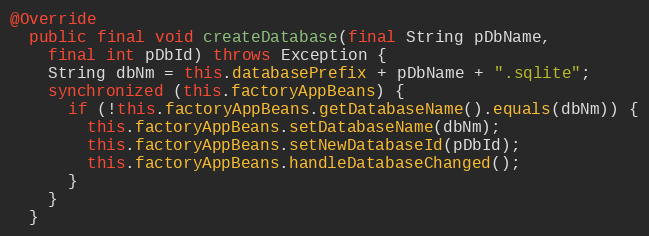
Language: Java
@Override
  public final void createDatabase(final String pDbName,
    final int pDbId) throws Exception {
    String dbNm = this.databasePrefix + pDbName + ".sqlite";
    synchronized (this.factoryAppBeans) {
      if (!this.factoryAppBeans.getDatabaseName().equals(dbNm)) {
        this.factoryAppBeans.setDatabaseName(dbNm);
        this.factoryAppBeans.setNewDatabaseId(pDbId);
        this.factoryAppBeans.handleDatabaseChanged();
      }
    }
  }